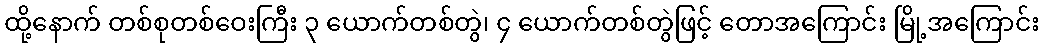
ထို့နောက် တစ်စုတစ်ဝေးကြီး ၃ ယောက်တစ်တွဲ၊ ၄ ယောက်တစ်တွဲဖြင့် တောအကြောင်း မြို့အကြောင်း